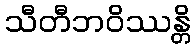
သီတီဘဝိဿန္တိ